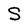
Character: S